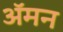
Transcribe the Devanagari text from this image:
अॅमन